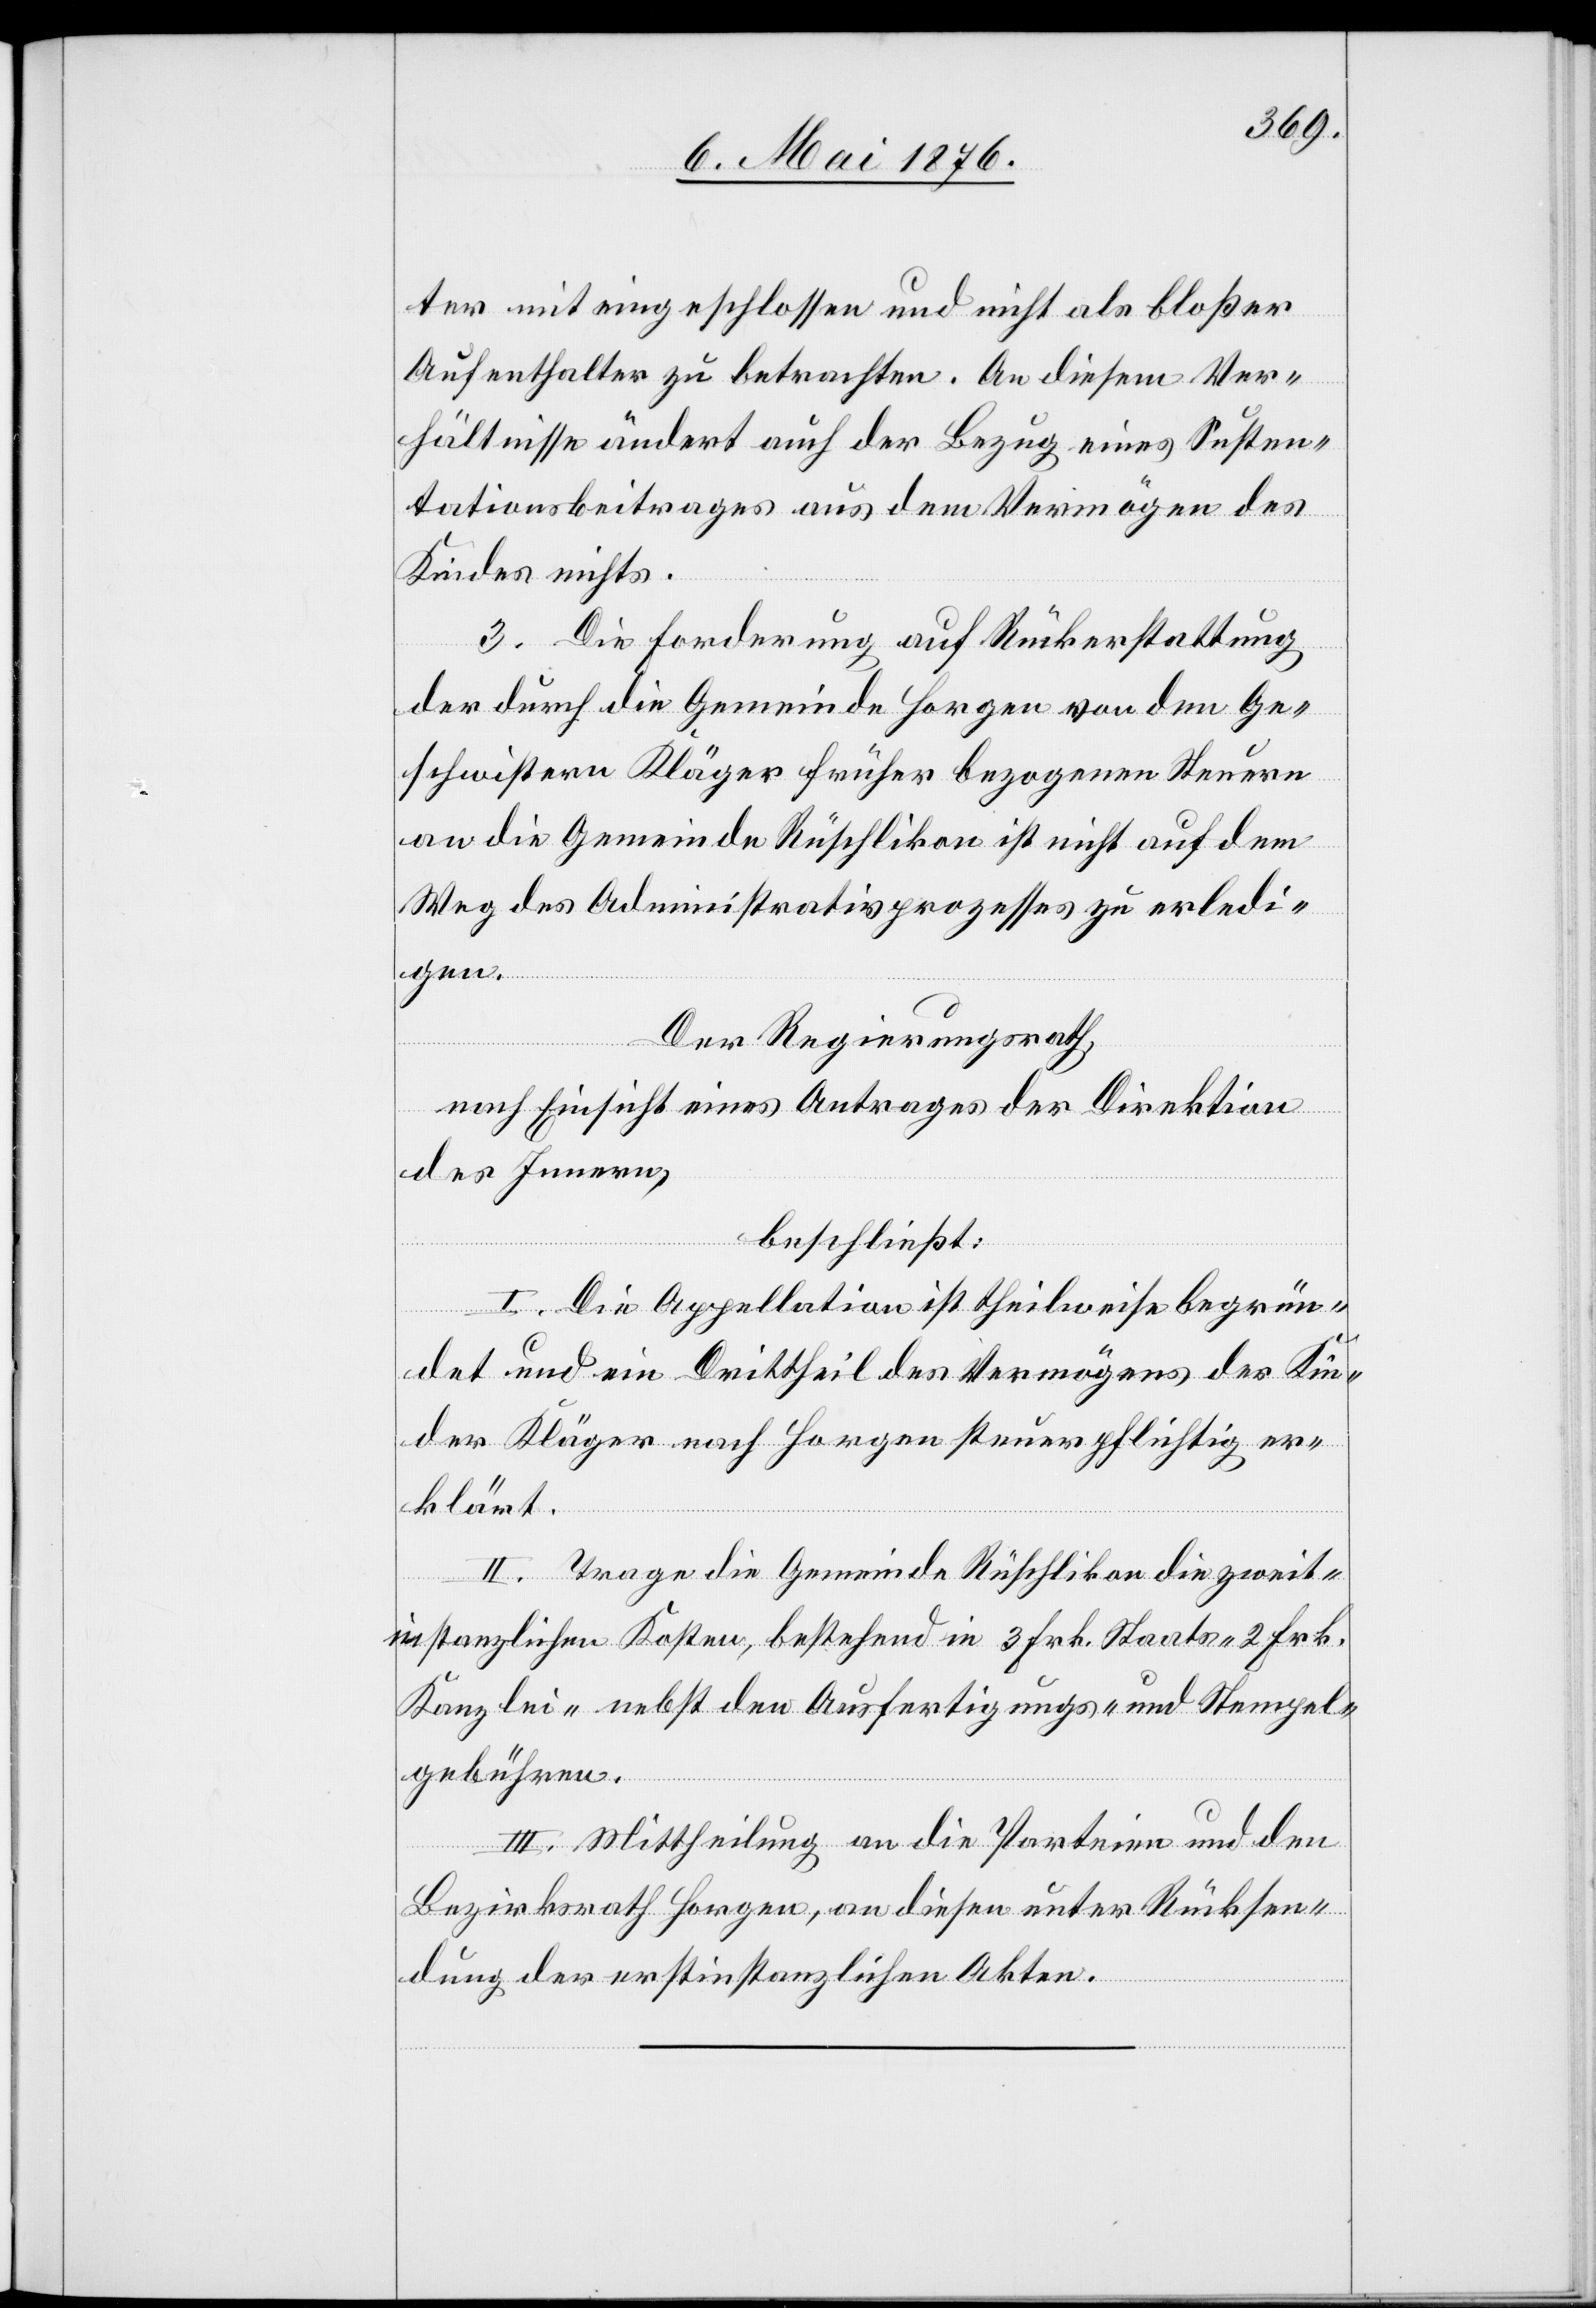
ter mit eingeschlossen und nicht als bloßer
Aufenthalter zu betrachten. An diesem Ver¬
hältnisse ändert auch der Bezug eines Susten¬
tationsbeitrages aus dem Vermögen des
Kindes nichts.
3. Die Forderung auf Rückerstattung
der durch die Gemeinde Horgen von den Ge¬
schwistern Kläger früher bezogenen Steuern
an die Gemeinde Rüschlikon ist nicht auf dem
Weg des Administrativprozesses zu erledi¬
gen.
Der Regierungsrath,
nach Einsicht eines Antrages der Direktion
des Innern,
beschließt:
I. Die Appellation ist theilweise begrün¬
det und ein Drittheil des Vermögens der Kin¬
der Kläger nach Horgen steuerpflichtig er¬
klärt.
II. Trage die Gemeinde Rüschlikon die zweit¬
instanzlichen Kosten, bestehend in 3 Frk. Staats- 2 Frk.
Kanzlei- nebst den Ausfertigungs- und Stempel¬
gebühren.
III. Mittheilung an die Parteien und den
Bezirksrath Horgen, an diesen unter Rücksen¬
dung der erstinstanzlichen Akten.